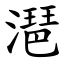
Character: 潖